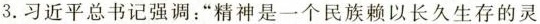
3.习近平总书记强调：”精神是一个民族赖以长久生存的灵